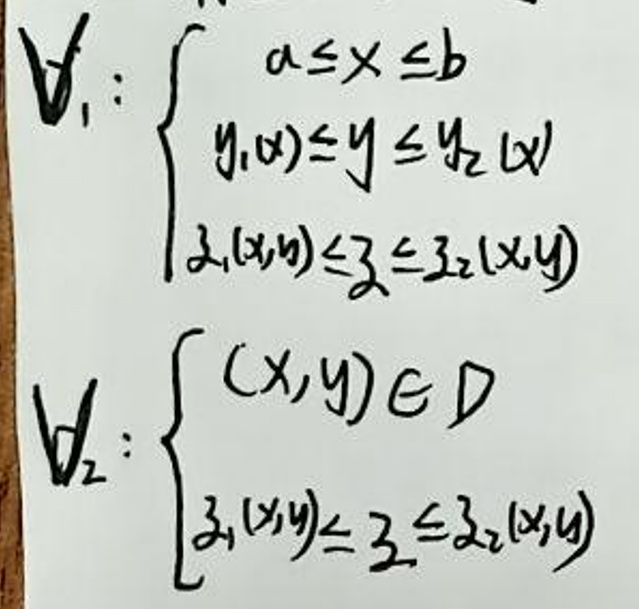
\begin{align*}
V_1: \begin{cases}
a\leq x\leq b\\
y_1(x)\leq y\leq y_2(x)\\
z_1(x,y)\leq z\leq z_2(x,y)
\end{cases}, (x,y)\in D\\
V_2: \begin{cases}
(x,y)\in D\\
z_1(x,y)\leq z\leq z_2(x,y)
\end{cases}
\end{align*}